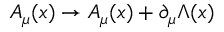
A _ { \mu } ( x ) \to A _ { \mu } ( x ) + \partial _ { \mu } \Lambda ( x )